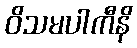
ဝိသမပါကီနိ